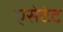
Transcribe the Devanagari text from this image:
एसेटेट